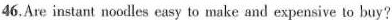
46.Are instant noodles easy to make and expensive to buy?